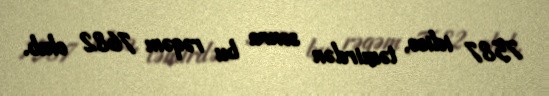
7587 idisə, təmirdən sonra bu rəqəm 7682 olub.